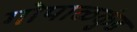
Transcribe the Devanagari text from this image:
गोपाळकुंड